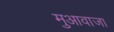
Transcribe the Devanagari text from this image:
मुआवाजा